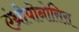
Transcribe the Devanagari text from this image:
एंथ्रोपोनोसिस